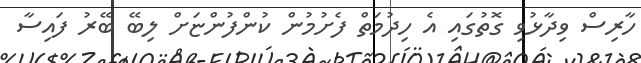
ހާރިސް ވިދާޅުވި ގޮތުގައި އެ ހިދުމަތް ފެށުމުން ކުންފުންޏަށް ލިބޭ ބޭރު ފައިސާ